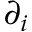
\partial _ { i }